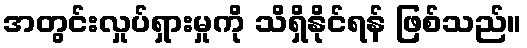
အတွင်းလှုပ်ရှားမှုကို သိရှိနိုင်ရန် ဖြစ်သည်။